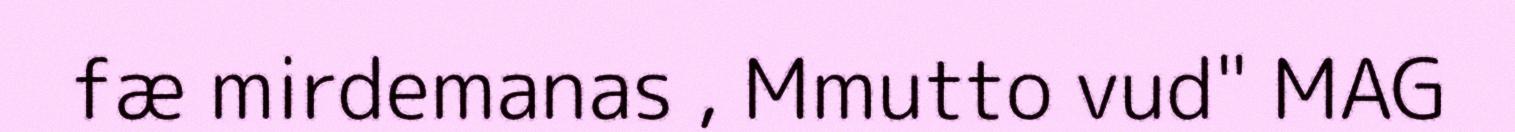
fæ mirdemanas , Mmutto vud" MAG